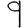
Digit: 9